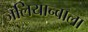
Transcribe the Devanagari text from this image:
जलियान्वाला